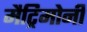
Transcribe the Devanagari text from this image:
मैट्रिमोनी